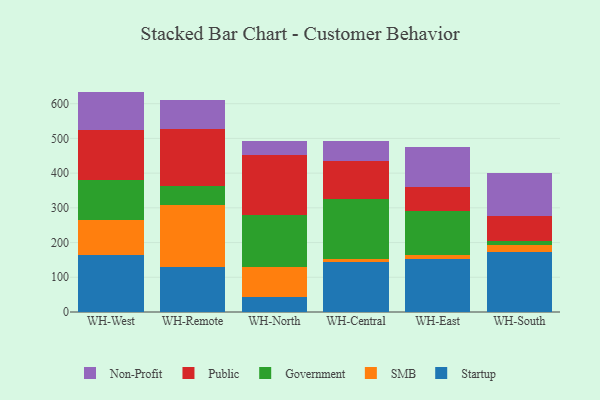
{"axis": {"x": "Warehouse", "y": "Active Users"}, "legend": ["Government", "Non-Profit", "Public", "SMB", "Startup"], "data": [{"x": "WH-West", "y": 165.4, "type": "Startup"}, {"x": "WH-West", "y": 98.8, "type": "SMB"}, {"x": "WH-West", "y": 115.6, "type": "Government"}, {"x": "WH-West", "y": 144.3, "type": "Public"}, {"x": "WH-West", "y": 110.7, "type": "Non-Profit"}, {"x": "WH-Remote", "y": 129.0, "type": "Startup"}, {"x": "WH-Remote", "y": 178.9, "type": "SMB"}, {"x": "WH-Remote", "y": 54.2, "type": "Government"}, {"x": "WH-Remote", "y": 165.5, "type": "Public"}, {"x": "WH-Remote", "y": 82.0, "type": "Non-Profit"}, {"x": "WH-North", "y": 44.1, "type": "Startup"}, {"x": "WH-North", "y": 84.3, "type": "SMB"}, {"x": "WH-North", "y": 150.2, "type": "Government"}, {"x": "WH-North", "y": 173.9, "type": "Public"}, {"x": "WH-North", "y": 39.7, "type": "Non-Profit"}, {"x": "WH-Central", "y": 144.6, "type": "Startup"}, {"x": "WH-Central", "y": 7.5, "type": "SMB"}, {"x": "WH-Central", "y": 172.8, "type": "Government"}, {"x": "WH-Central", "y": 109.2, "type": "Public"}, {"x": "WH-Central", "y": 58.7, "type": "Non-Profit"}, {"x": "WH-East", "y": 153.6, "type": "Startup"}, {"x": "WH-East", "y": 10.6, "type": "SMB"}, {"x": "WH-East", "y": 125.5, "type": "Government"}, {"x": "WH-East", "y": 71.4, "type": "Public"}, {"x": "WH-East", "y": 114.8, "type": "Non-Profit"}, {"x": "WH-South", "y": 171.7, "type": "Startup"}, {"x": "WH-South", "y": 21.6, "type": "SMB"}, {"x": "WH-South", "y": 11.4, "type": "Government"}, {"x": "WH-South", "y": 70.5, "type": "Public"}, {"x": "WH-South", "y": 124.4, "type": "Non-Profit"}]}